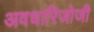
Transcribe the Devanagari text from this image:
अवधारिजोजी